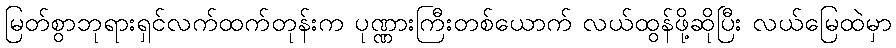
မြတ်စွာဘုရားရှင်လက်ထက်တုန်းက ပုဏ္ဏားကြီးတစ်ယောက် လယ်ထွန်ဖို့ဆိုပြီး လယ်မြေထဲမှာ